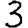
Digit: 3